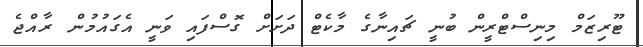
ޓޫރިޒަމް މިނިސްޓްރީން ބުނީ ޗައިނާގެ މާކެޓް ދަށަށް ގޮސްފައި ވަނީ އެގައުމުން ރާއްޖެ